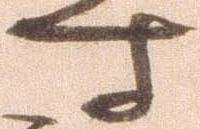
す